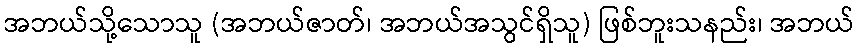
အဘယ်သို့သောသူ (အဘယ်ဇာတ်၊ အဘယ်အသွင်ရှိသူ) ဖြစ်ဘူးသနည်း၊ အဘယ်